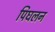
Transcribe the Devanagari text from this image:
पिघलन